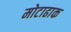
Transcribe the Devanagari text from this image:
मोटाढाक